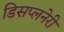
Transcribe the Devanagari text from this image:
डिसप्लनेरी